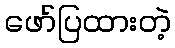
ဖော်ပြထားတဲ့